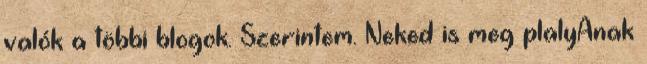
valók a többi blogok. Szerintem. Neked is meg plalyAnak